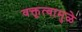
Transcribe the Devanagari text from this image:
वक्तृत्वामुळे